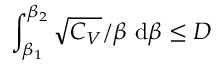
\int _ { \beta _ { 1 } } ^ { \beta _ { 2 } } \sqrt { C _ { V } } / \beta ~ \mathrm d \beta \leq D